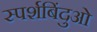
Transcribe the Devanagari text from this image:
स्पर्शबिंदुओ